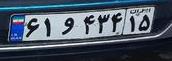
۶۱و۴۳۴۱۵